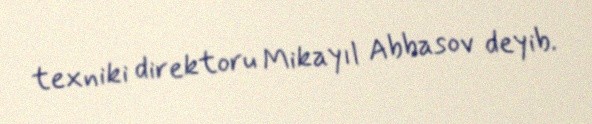
texniki direktoru Mikayıl Abbasov deyib.